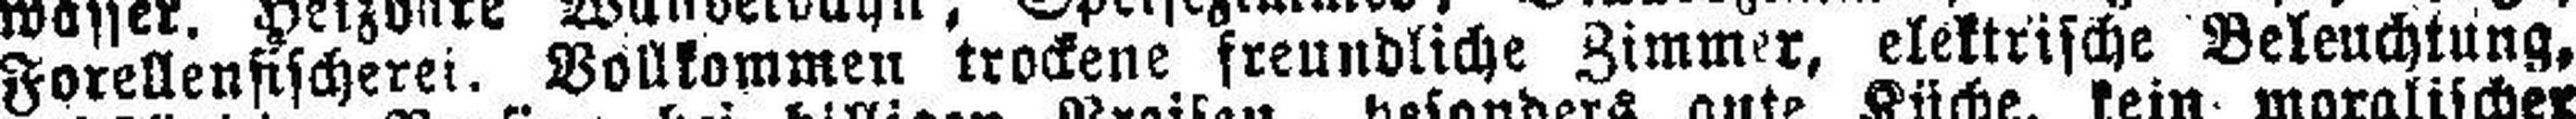
Forellenfischerei. Vollkommen trockene freundliche Zimmer, elektrische Beleuchtung,